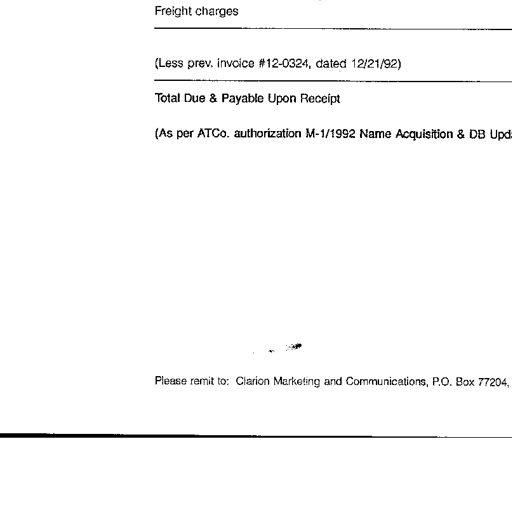
Freight charges

(Less prev. invoice #12-0324, dated 12/21/92)

Total Due & Payable Upon Receipt

(As per ATCo. authorization M-1/1992 Name Acquisition & DB Upd

Please remit to: Clarion Marketing and Communications, P.O. Box 77204,